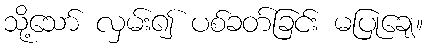
သို့သော် လှမ်း၍ ပစ်ခတ်ခြင်း မပြုချေ။